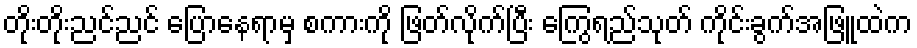
တိုးတိုးညင်ညင် ပြောနေရာမှ စကားကို ဖြတ်လိုက်ပြီး ကြွေရည်သုတ် ကိုင်းခွက်အဖြူထဲက